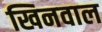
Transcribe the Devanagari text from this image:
खिनवाल